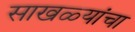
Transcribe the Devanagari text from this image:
साखळ्यांचा